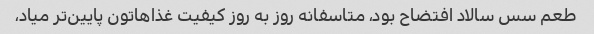
طعم سس سالاد افتضاح بود، متاسفانه روز به روز کیفیت غذاهاتون پایین‌تر میاد،